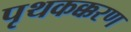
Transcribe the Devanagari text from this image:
पृथकक्करण